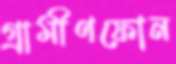
গ্রামীণফোন